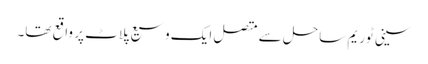
سینی ٹوریم ساحل سے متصل ایک وسیع پلاٹ پر واقع تھا۔